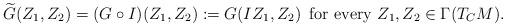
LaTeX: \begin{align*}\widetilde{G}(Z_1,Z_2)=(G\circ I)(Z_1,Z_2):=G(IZ_1,Z_2)\,\,\,{\rm for\,\,every}\,\,Z_1,Z_2\in\Gamma(T_CM).\end{align*}